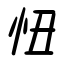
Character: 忸